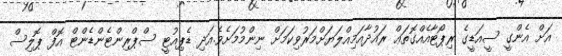
އަށް އެންގީ ސީއަޑީގެ ރިޕޯޓާއެއްގޮތަޢް ރައުދާއަމިއްލަޔަށްމަރުވިކަމަށް ނިންމުމަށެވެ.އަދި ޑެޕިއުޓީ ސްޕްރިންޓެންޑެންޓް އޮފް ޕޮލިސް